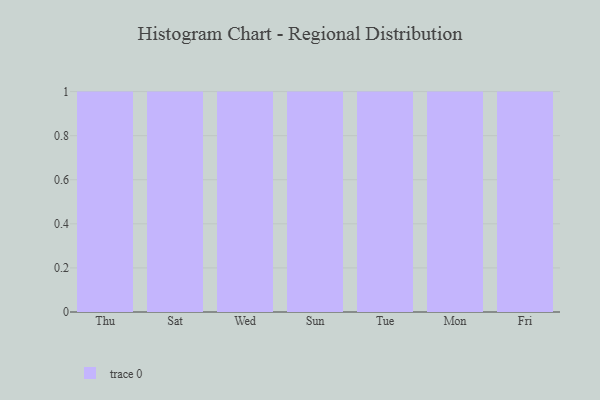
{"axis": {"x": "Day", "y": "Budget (USD K)"}, "legend": [""], "data": [{"x": "Thu", "y": 43, "type": ""}, {"x": "Sat", "y": 31, "type": ""}, {"x": "Wed", "y": 26, "type": ""}, {"x": "Sun", "y": 70, "type": ""}, {"x": "Tue", "y": 6, "type": ""}, {"x": "Mon", "y": 34, "type": ""}, {"x": "Fri", "y": 50, "type": ""}]}